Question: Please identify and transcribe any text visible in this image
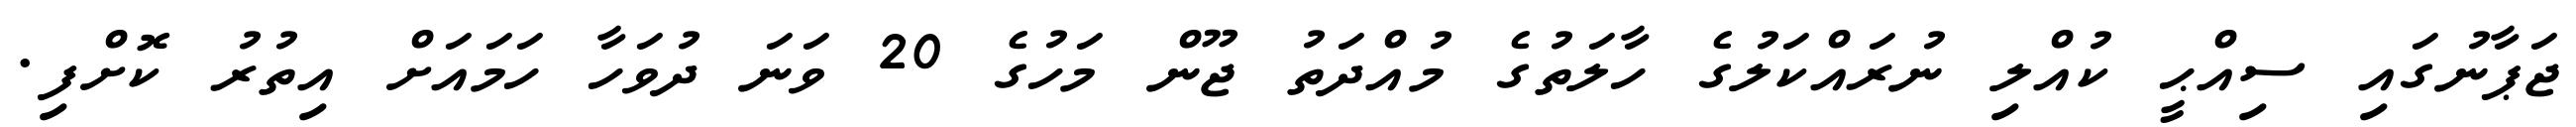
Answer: ޖަޕާނުގައި ސިއްޙީ ކުއްލި ނުރައްކަލުގެ ހާލަތުގެ މުއްދަތު ޖޫން މަހުގެ 20 ވަނަ ދުވަހާ ހަމައަށް އިތުރު ކޮށްފި.